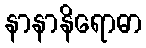
နာနာနိရောဓာ